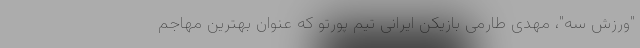
"ورزش سه"، مهدی طارمی بازیکن ایرانی تیم پورتو که عنوان بهترین مهاجم